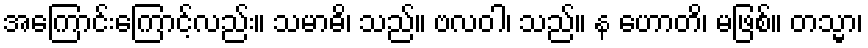
အကြောင်းကြောင့်လည်း။ သမာဓိ၊ သည်။ ဗလဝါ၊ သည်။ န ဟောတိ၊ မဖြစ်။ တသ္မာ၊